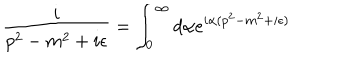
\frac { i } { p ^ { 2 } - m ^ { 2 } + i \epsilon } = \int _ { 0 } ^ { \infty } d \alpha e ^ { i \alpha ( p ^ { 2 } - m ^ { 2 } + i \epsilon ) }